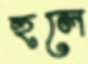
হুলে